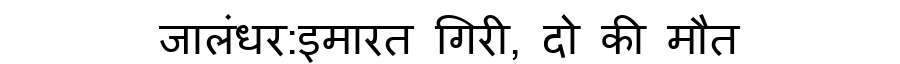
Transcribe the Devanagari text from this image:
जालंधर:इमारत गिरी, दो की मौत